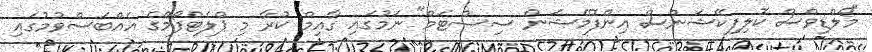
"މޯލްޑިވްސް ކޮލިފިކޭޝަންސް އިންފޮމޭޝަން ސިސްޓަމް" ނަމުގައި ގާއިމް ކުރާ މި ޕްލެޓްފޯމްގެ އެއްބަސްވުމުގައި